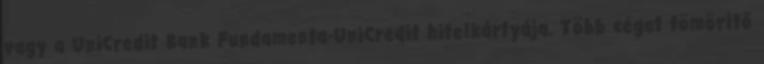
vagy a UniCredit Bank Fundamenta-UniCredit hitelkártyája. Több céget tömörítő